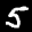
Label: 5